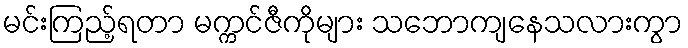
မင်းကြည့်ရတာ မက္ကင်ဇီကိုများ သဘောကျနေသလားကွာ